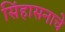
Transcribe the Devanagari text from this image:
सिंहासनाचे